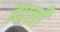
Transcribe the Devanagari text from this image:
ह्याली